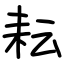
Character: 耘